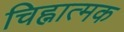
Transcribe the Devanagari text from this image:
चिह्नात्मक